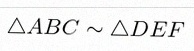
\triangle ABC\sim\triangle DEF